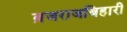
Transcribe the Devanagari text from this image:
ब्रजराजबिहारी